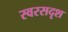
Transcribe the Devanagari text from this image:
स्वरसदृश